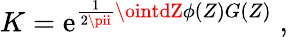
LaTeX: K=\mathrm{e}^{\frac{{1}}{{2\pii}}\ointdZ\phi(Z)G(Z)}\; ,